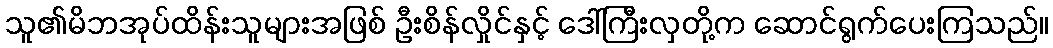
သူ၏မိဘအုပ်ထိန်းသူများအဖြစ် ဦးစိန်လှိုင်နှင့် ဒေါ်ကြီးလှတို့က ဆောင်ရွက်ပေးကြသည်။